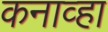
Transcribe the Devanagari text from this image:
कनाव्हा